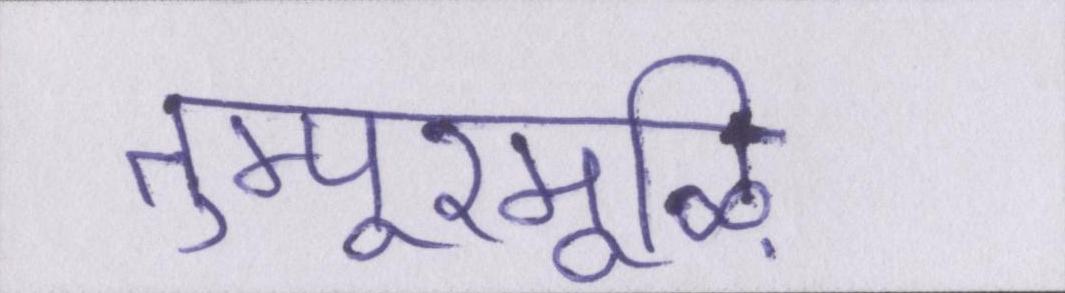
तुम्पूरमूऴि